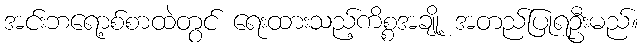
အင်းဘရော့စ်စာထဲတွင် ရေးထားသည့်ကိစ္စအချို့ အတည်ပြုရဦးမည်။